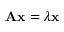
\mathbf { A x } = \lambda \mathbf { x }